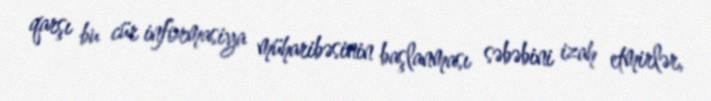
qarşı bu cür informasiya müharibəsinin başlanması səbəbini izah etmirlər,